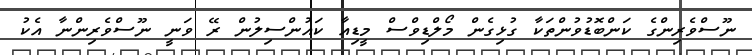
ނޫސްވެރިންގެ ކަންބޮޑުވުންތަކާ ގުޅިގެން މޯލްޑިވްސް މީޑިއާ ކައުންސިލުން ރޭ ވަނީ ނޫސްވެރިންނާ އެކު